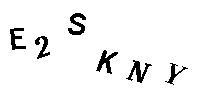
E2SKNY